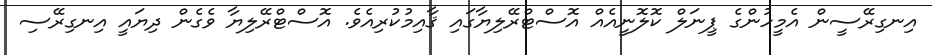
އިނގިރޭސީން އެމީހުންގެ ޕީނަލް ކޮލޮނީއެއް އޮސްޓްރޭލިޔާގައި ޤާއިމުކުރިއެވެ. އޮސްޓްރޭލިޔާ ވެގެން ދިޔައީ އިނގިރޭސި